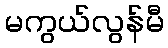
မကွယ်လွန်မီ